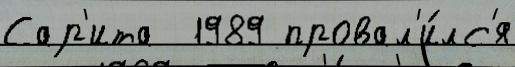
Сар'ита  1989 провал'и́лс'я